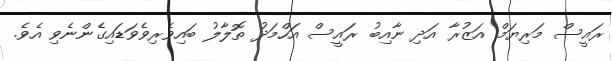
ރައީސް މަރިޔަމް އަޒުރާ އަދި ނާއިބު ރައީސް އަހްމަދު ތޮލާލު ބައިވެރިވެވަޑައިގެންނެވި އެވެ.